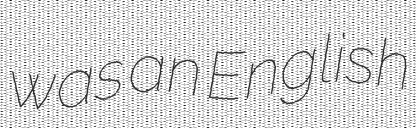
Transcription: was an English